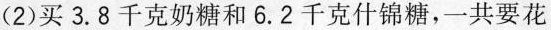
(2)买3.8千克奶糖和6.2千克什锦糖，一共要花